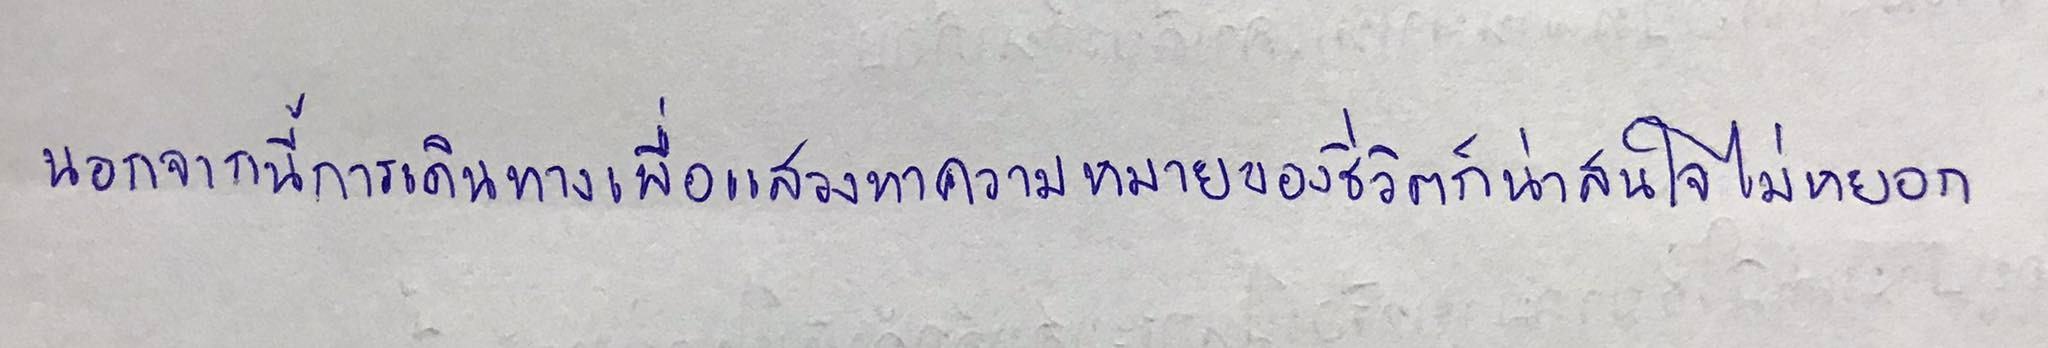
นอกจากนี้การเดินทางเพื่อแสวงหาความหมายของชีวิตก็น่าสนใจไม่หยอก